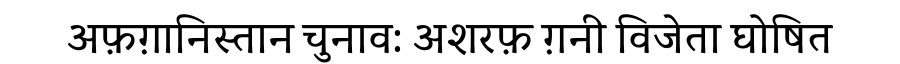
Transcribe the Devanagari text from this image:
अफ़ग़ानिस्तान चुनाव: अशरफ़ ग़नी विजेता घोषित